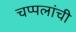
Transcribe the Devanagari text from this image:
चप्पलांची